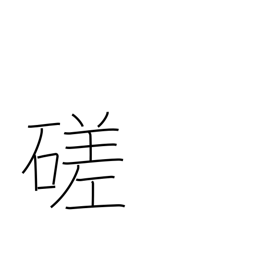
Meaning: polish